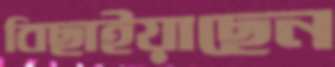
বিছাইয়াছেন